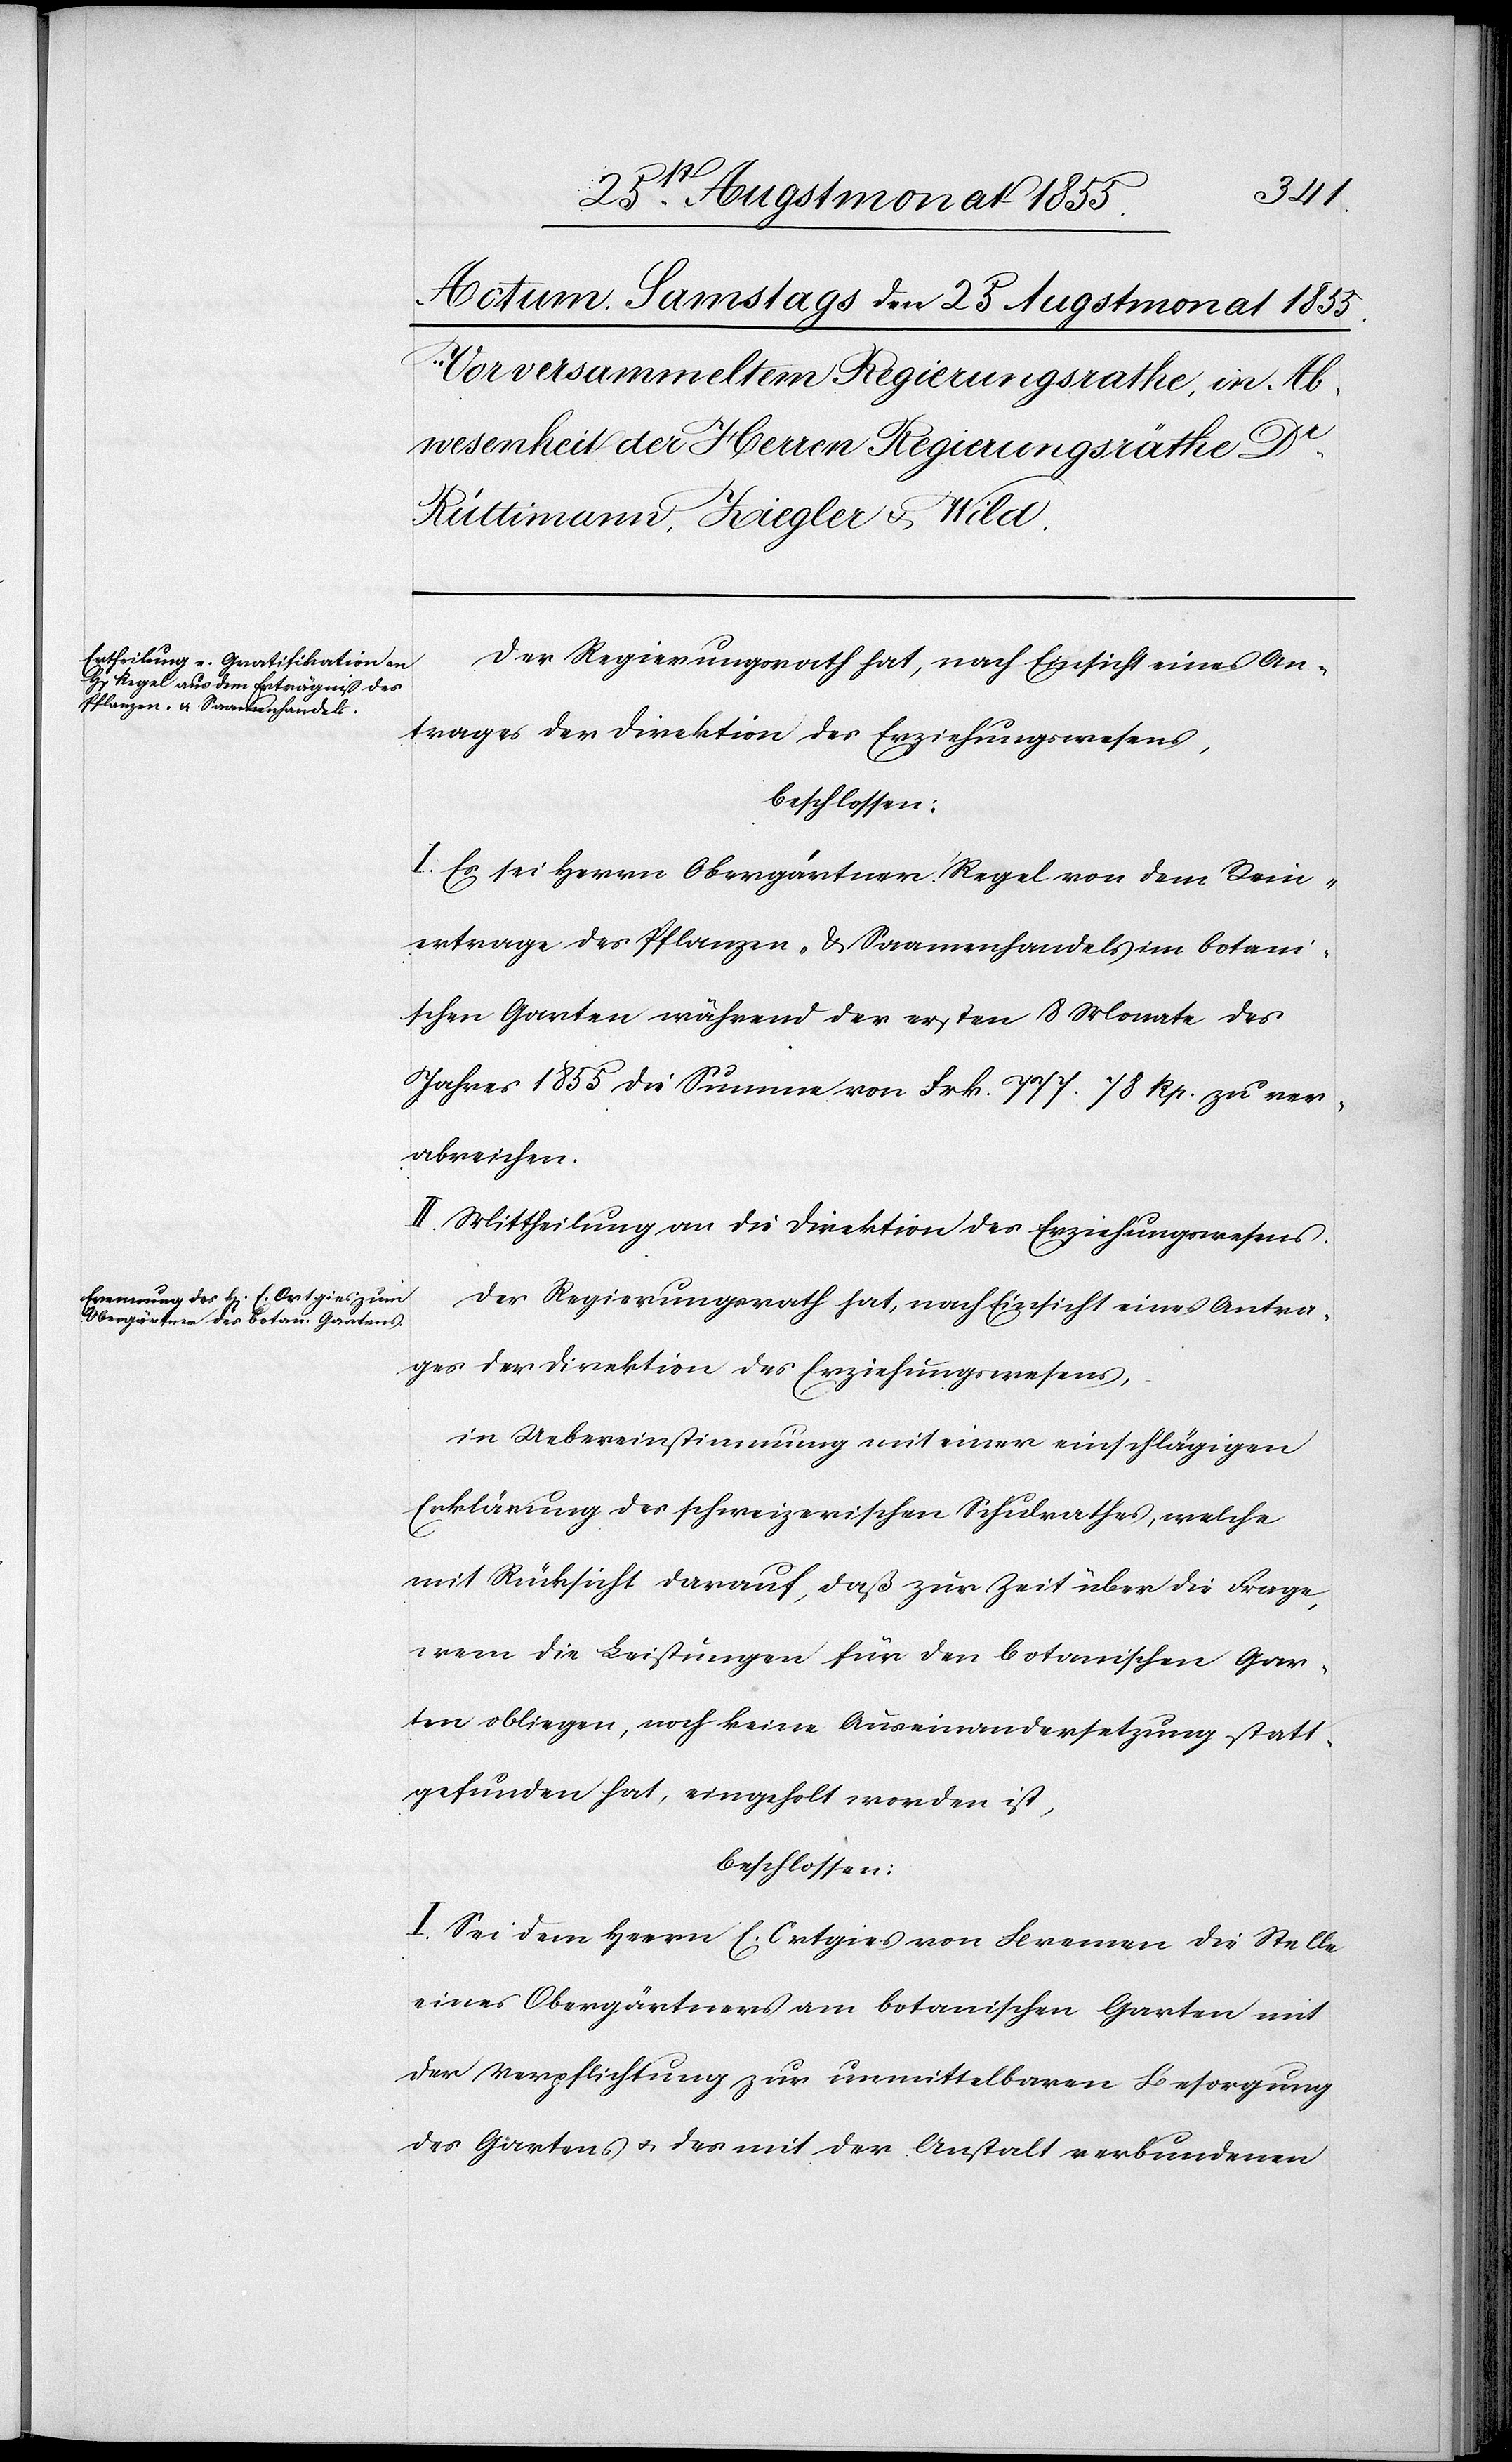
beschlossen:
I: Es sei Herrn Obergärtner Regel von dem Rein¬
ertrage des Pflanzen- & Saamenhandels im botani¬
schen Garten während der ersten 8 Monate des
Jahres 1855 die Summe von Frk. 777. 78 Rp. zu ver¬
abreichen.
II. Mittheilung an die Direktion des Erziehungswesens.
Der Regierungsrath hat, nach Einsicht eines Antra¬
ges der Direktion des Erziehungswesens,
in Uebereinstimmung mit einer einschlägigen
Erklärung des schweizerischen Schulrathes, welche
mit Rücksicht darauf, daß zur Zeit über die Frage,
wem die Leistungen für den botanischen Gar¬
ten obliegen, noch keine Auseinandersetzung statt¬
gefunden hat, eingeholt worden ist,
beschlossen:
I. Sei dem Herrn E. Ortgies von Bremen die Stelle
eines Obergärtners am botanischen Garten mit
der Verpflichtung zur unmittelbaren Besorgung
des Gartens & des mit der Anstalt verbundenen